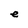
Character: e